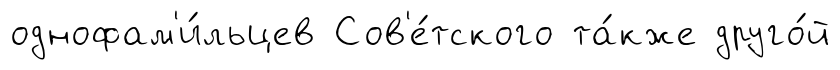
однофам'и́льцев Сов'е́тского та́кже друго́й